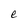
Character: e